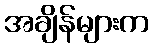
အချိန်များက